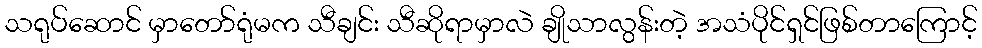
သရုပ်ဆောင် မှာတော်ရုံမက သီချင်း သီဆိုရာမှာလဲ ချိုသာလွန်းတဲ့ အသံပိုင်ရှင်ဖြစ်တာကြောင့်